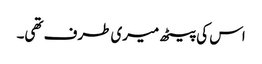
اس کی پیٹھ میری طرف تھی۔